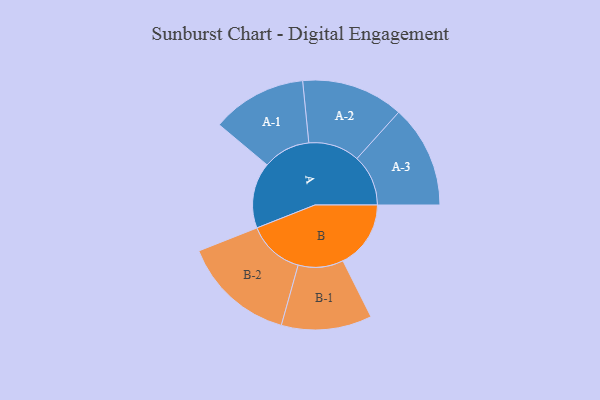
{"axis": {"x": "Segment", "y": "Value"}, "legend": ["", "A", "B"], "data": [{"x": "A", "y": 291, "type": ""}, {"x": "B", "y": 300, "type": ""}, {"x": "A-1", "y": 210, "type": "A"}, {"x": "A-2", "y": 226, "type": "A"}, {"x": "A-3", "y": 227, "type": "A"}, {"x": "B-1", "y": 200, "type": "B"}, {"x": "B-2", "y": 250, "type": "B"}]}